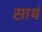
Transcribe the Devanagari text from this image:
साथं